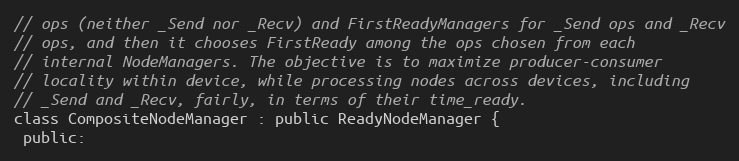
Language: C
// ops (neither _Send nor _Recv) and FirstReadyManagers for _Send ops and _Recv
// ops, and then it chooses FirstReady among the ops chosen from each
// internal NodeManagers. The objective is to maximize producer-consumer
// locality within device, while processing nodes across devices, including
// _Send and _Recv, fairly, in terms of their time_ready.
class CompositeNodeManager : public ReadyNodeManager {
 public: